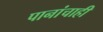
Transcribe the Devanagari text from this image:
पानांचाही